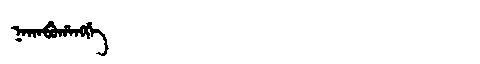
Manchu: ᠨᠠᡴᠠᠪᡠᡥᠠᠩᡤᡝ
Romanization: NAKABUHANGGE